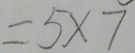
= 5 \times 7